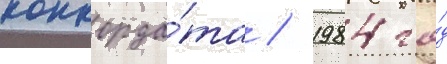
конкорда́та / 1984 го́д